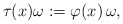
\begin{align*} \tau(x) \omega:= \varphi(x) \, \omega,\end{align*}